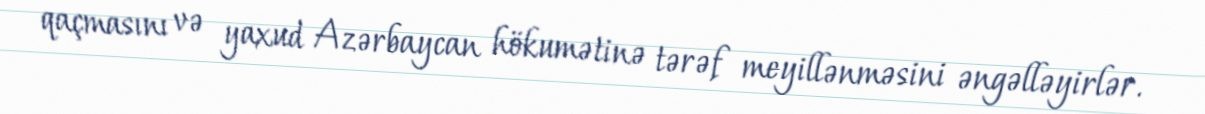
qaçmasını və yaxud Azərbaycan hökumətinə tərəf meyillənməsini əngəlləyirlər.